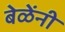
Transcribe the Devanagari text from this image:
बेळेंनी